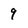
Character: 9